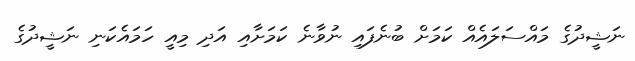
ނަޝީދުގެ މައްސަލައެއް ކަމަށް ބުނެފައި ނުވާނެ ކަމަށާއި އަދި މިއީ ހަމައެކަނި ނަޝީދުގެ